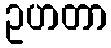
ဥဟတာ